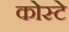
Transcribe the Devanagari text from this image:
कोस्टे